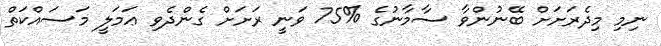
ނިމި މިދެރަށަށް ބޭނުންވާ ސާމާނުގެ %75 ވަނީ ރަށަށް ގެންދެވި ޢަމަލީ މަސައްކަތް